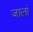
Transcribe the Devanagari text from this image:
जालां